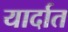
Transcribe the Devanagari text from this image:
यार्दात